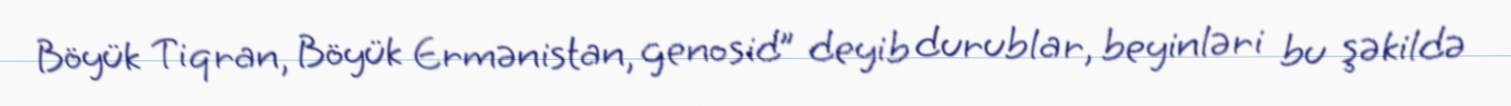
Böyük Tiqran, Böyük Ermənistan, genosid” deyib durublar, beyinləri bu şəkildə